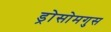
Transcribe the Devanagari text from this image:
ड्रोसोमगुस